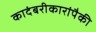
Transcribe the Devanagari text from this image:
कादंबरीकारांपैकी